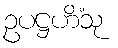
ဥပဋ္ဌဟိံသု